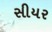
સીયર